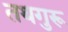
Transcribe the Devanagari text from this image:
तथगुरू